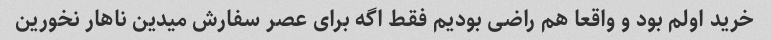
خرید اولم بود و واقعا هم راضی بودیم فقط اگه برای عصر سفارش میدین ناهار نخورین